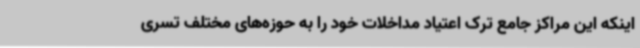
اینکه این مراکز جامع ترک اعتیاد مداخلات خود را به حوزه‌های مختلف تسری